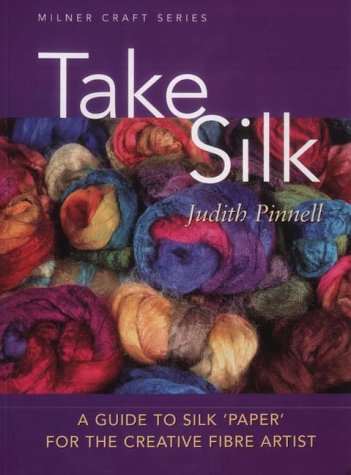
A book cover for Take Silk: A Guide to Silk Paper for the Creative Fibre Artist (Milner Craft Series); Judith Pinnell; Crafts, Hobbies & Home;